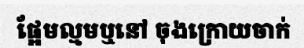
ផ្អែមល្មមឬនៅ ចុងក្រោយចាក់